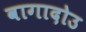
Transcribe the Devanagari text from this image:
वागादोउ